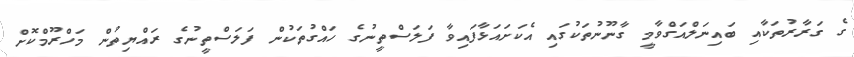
ގެ ގަރާރުތަކާއި ބައިނަލްއަގްވާމީ ގާނޫނުތަކުގައި އެކަށައަޅާފައިވާ ފަލަސްތީނުގެ ހައްގުތަކުން ފަލަސްތީނުގެ ރައްޔިތުން މަހްރޫމްކޮށް